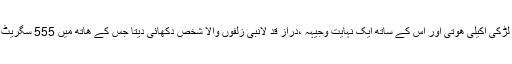
کبھی کبھی وہ لڑکی اکیلی ھوتی اور اس کے ساتھ ایک نہایت وجیہہ ،دراز قد لانبی زلفوں والا شخص دکھائی دیتا جس کے ھاتھ میں 555 سگریٹ کی ڈبیا ھوتی۔